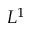
L ^ { 1 }